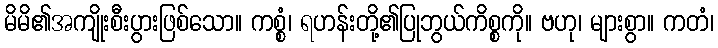
မိမိ၏အကျိုးစီးပွားဖြစ်သော။ ကစ္စံ၊ ရဟန်းတို့၏ပြုဘွယ်ကိစ္စကို။ ဗဟု၊ များစွာ။ ကတံ၊